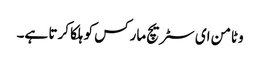
وٹامن ای سٹریچ مارکس کو ہلکا کرتا ہے۔